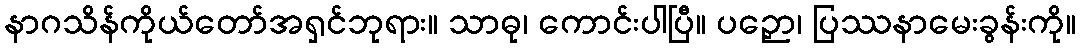
နာဂသိန်ကိုယ်တော်အရှင်ဘုရား။ သာဓု၊ ကောင်းပါပြီ။ ပဉှော၊ ပြဿနာမေးခွန်းကို။